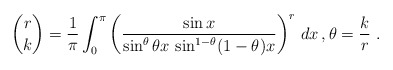
\begin{align*}\binom{r}k = \frac1\pi \int_0^\pi \left(\frac{ \sin x}{\sin^\theta\theta x \,\sin^{1-\theta}(1-\theta)x}\right)^r \,dx\, ,\theta = \frac kr\ . \end{align*}